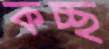
কচ্ছ